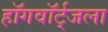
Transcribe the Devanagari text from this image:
हॉगवॉर्ट्‌जला